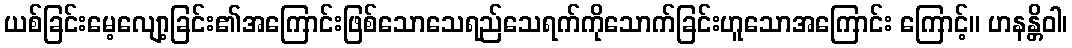
ယစ်ခြင်းမေ့လျော့ခြင်း၏အကြောင်းဖြစ်သောသေရည်သေရက်ကိုသောက်ခြင်းဟူသောအကြောင်း ကြောင့်။ ဟနန္တိဝါ၊